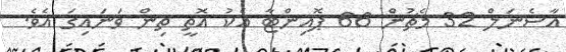
އާސެނަލް 32 މެޗުން 66 ޕޮއިންޓާ އެކު އޮތީ ތިން ވަނައިގަ އެވެ.